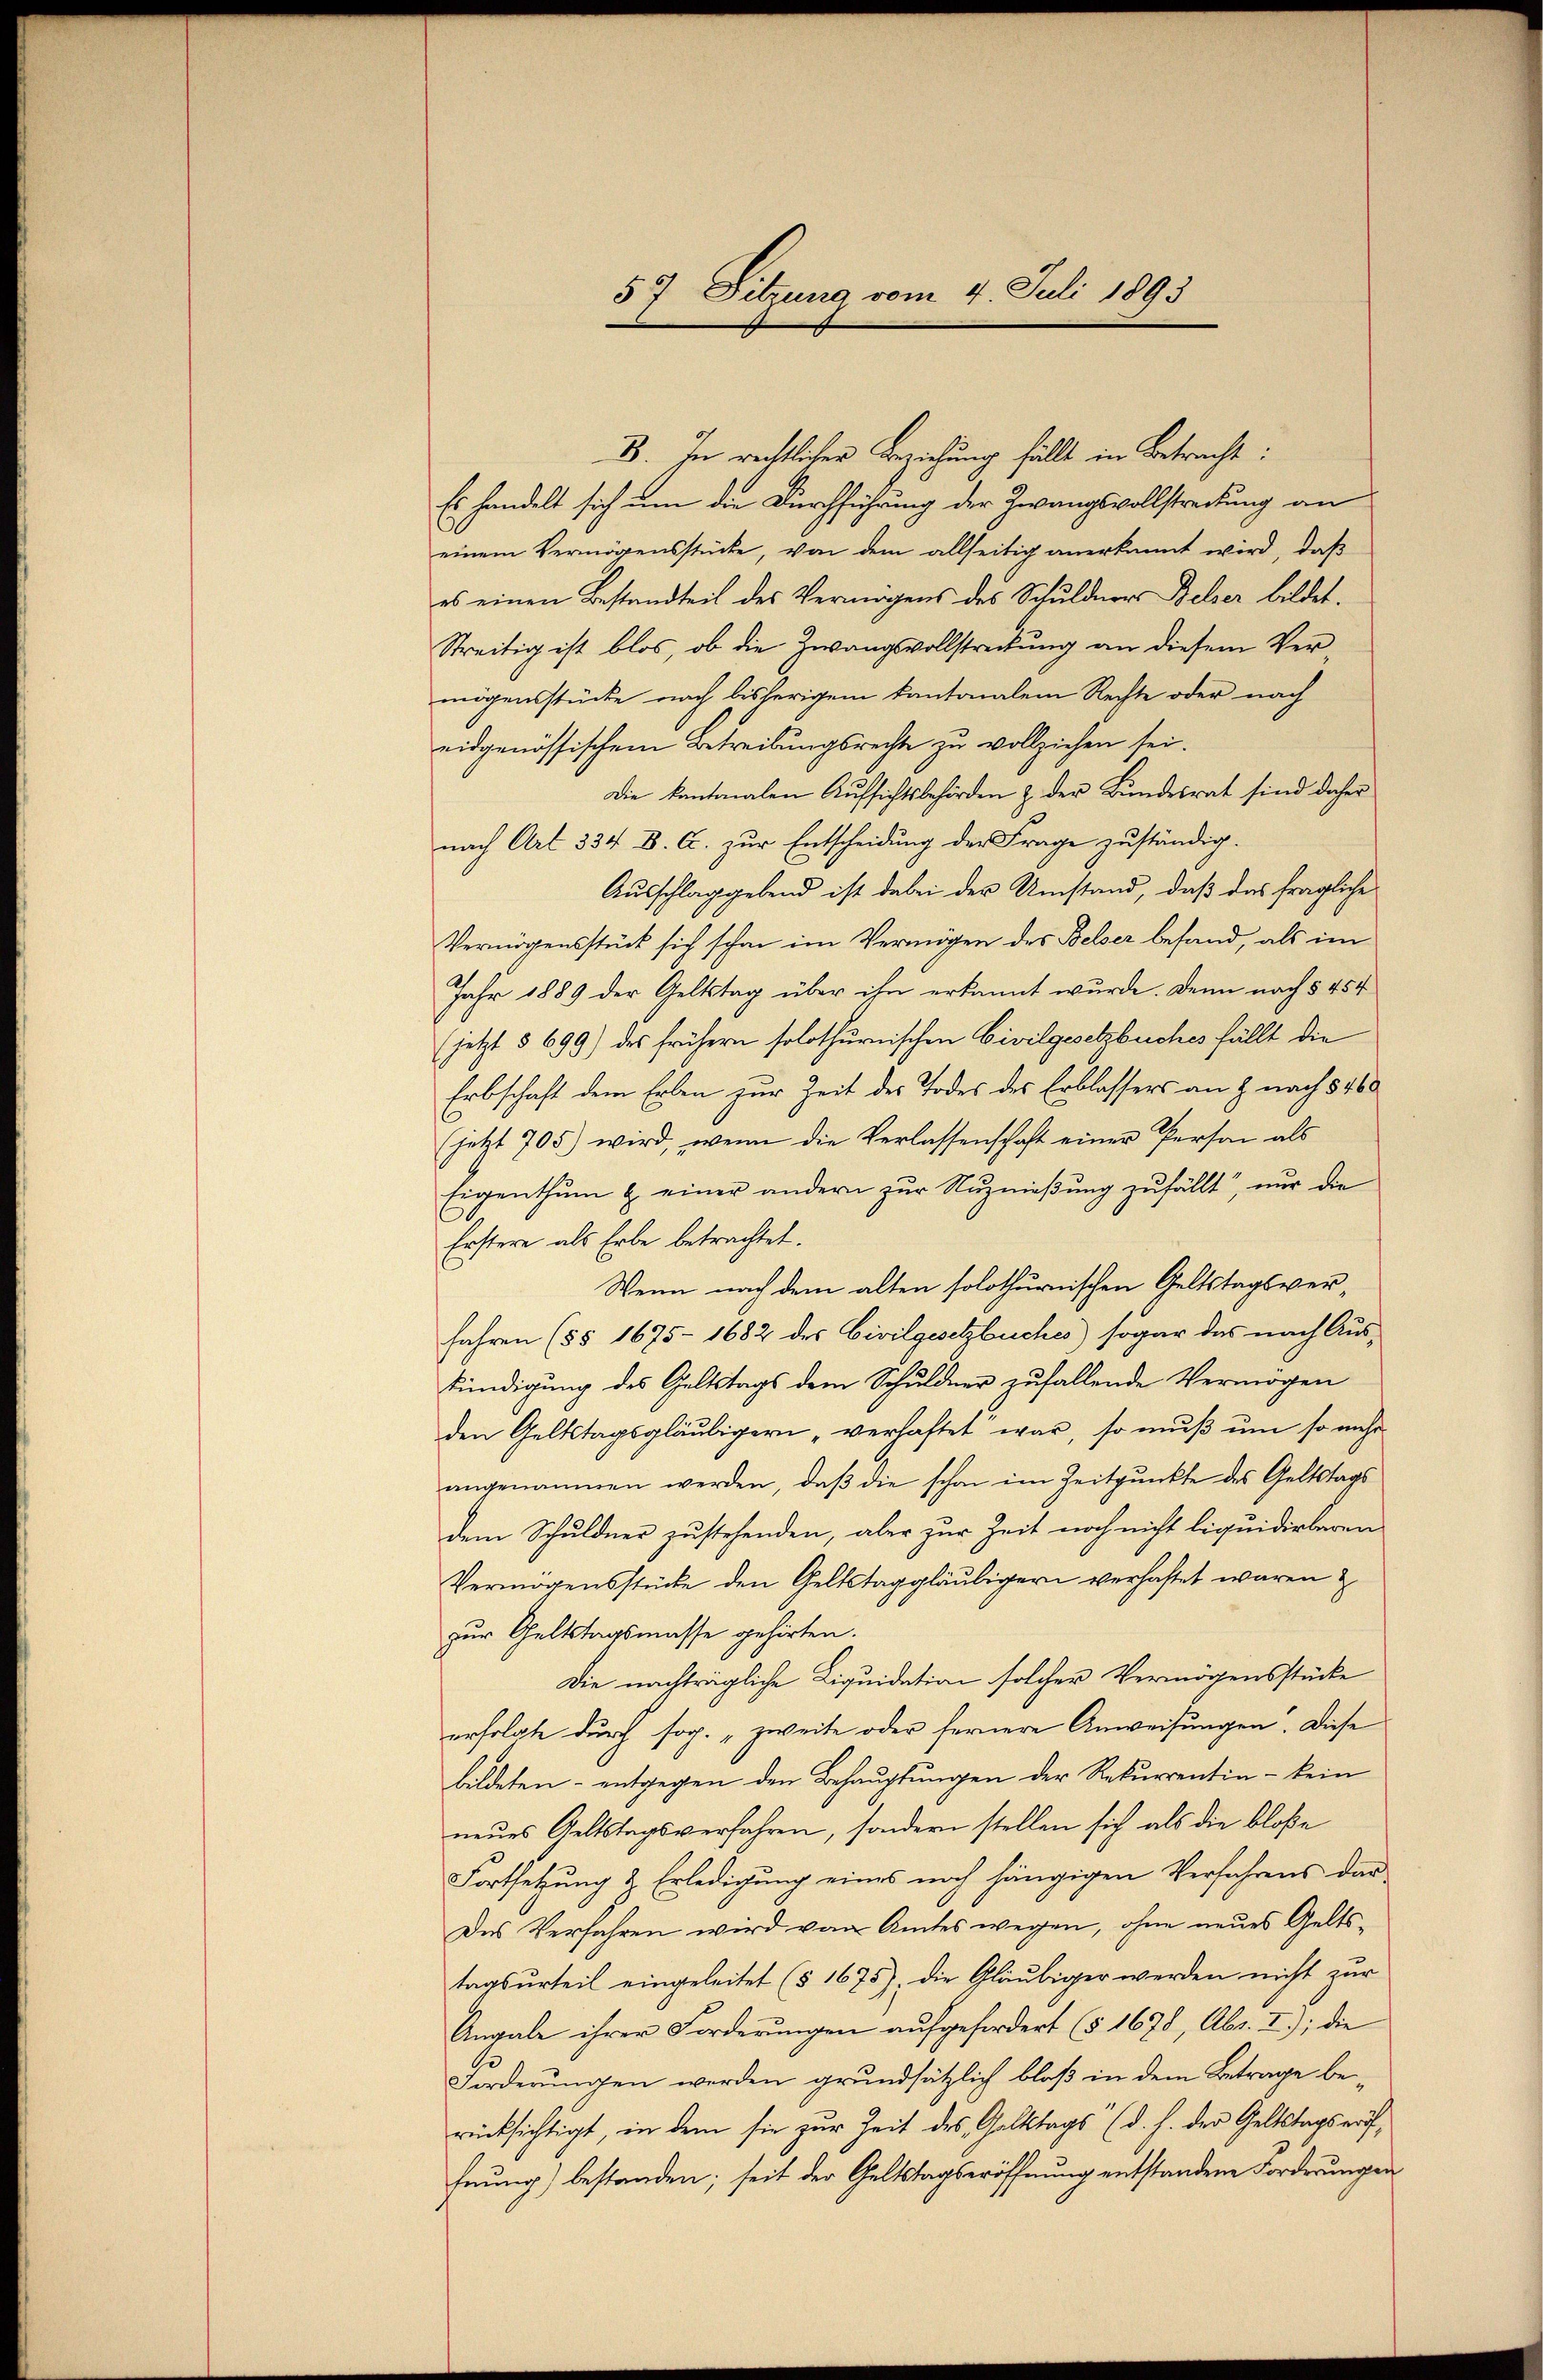
57 Sitzung vom 4. Juli 1893

B. In rechtlicher Beziehung fällt in Betracht:
Es handelt sich um die Durchführung der Zwangsvollstreckung an
einem Vermögensstücke, von dem allseitig anerkannt wird, daß
es einen Bestandteil des Vermögens des Schuldners Belser bildet.
Streitig ist blos, ob die Zwangsvollstreckung an diesem Vermögensstücke nach bisherigem Kantonalem Rechte oder nach
eidgenössischem Betreibungsrechte zu vollziehen sei.
Die kantonalen Aŭfsichtsbehörden z. der Bŭndesrat sind daher
nach Art 334 B. C. zur Entscheidung der Frage zuständig.
Ausschlaggebend ist dabei der Umstand, daß das fragliche
Vermögensstück sich schon im Vermögen des Belser befand, als im
Jahr 1889 der Geltstag über ihn erkannt wurde. Denn nach § 454
(jetzt § 699) des frühern solothurnischen Civilgesetzbuches fällt die
Erbschaft dem Erben zur Zeit des Todes des Erblassers an z nach § 460
C
(jetzt 705) wird, wenn die Verlassenschaft einer Person als
Eigenthum & einer andern zur Nuznießung zufällt, nur die
Erstere als Erbe betrachtet.
Wenn nach dem alten solothurnischen Geltstagsverfahren (§§ 1675- 1682 des Civilgesetzbuches) sogar das nach Aus-
kündigung des Geltstags dem Schuldner zufallende Vermögen
den Geltstagsgläubigern „verhaftet war, so muß um so mehr
angenommen werden, daβ die schon im Zeitpunkte des Geltstags
dem Schuldner zustehenden, aber zur Zeit noch nicht liquidirbaren
Vermögensstücke den Geltstaggläubigern verhaftet waren ?
zur Geltstagsmasse gehörten.
Die nachträgliche Liquidation solcher Vermögensstücke
erfolgte durch sog. „zweite oder fernere Anweisungen. Diese
bildeten - entgegen den Behauptungen der Rekurrentin - kein
neues Geltstagsverfahren, sondern stellen sich als die bloße
Fortsetzung & Erledigung eines noch hängigen Verfahrens dar
Des Verfahren wird von Amtes wegen, ohne neues Gelts-
tagsurteil eingeleitet (§ 1675), die Gläubiger werden nicht zur
Angabe ihrer Forderungen aufgefordert (§ 1678, Abs. I); die
1
Forderungen werden grundsätzlich bloß in dem Betrage berücksichtigt, in dem sie zur Zeit des Gattags (d. h. der Geltstagseröffnung) bestanden; seit der Geltstagseröffnung entstandene Forderungen